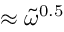
\approx \widetilde { \omega } ^ { 0 . 5 }